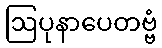
ဩပုနာပေတဗ္ဗံ